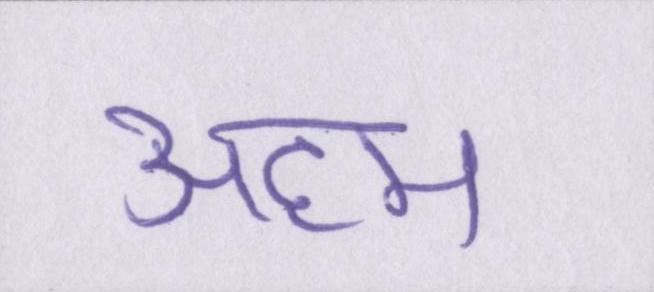
अहम